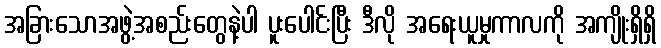
အခြားသောအဖွဲ့အစည်းတွေနဲ့ပါ ပူးပေါင်းပြီး ဒီလို အရေးယူမှုကာလကို အကျိုးရှိရှိ